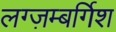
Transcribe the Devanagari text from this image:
लग्ज़म्बर्गिश